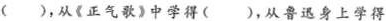
()，从《正气歌》中学得()，从鲁迅身上学得